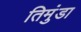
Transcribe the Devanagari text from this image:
तिमुंडा